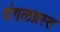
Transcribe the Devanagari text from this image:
दंगलग्रस्त